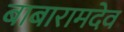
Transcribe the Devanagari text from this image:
बाबारामदेव